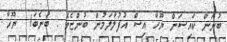
ބުނަން ކައިސަން ޔޫހާ އިސް އުފުލާލަމުން ބުންޏެވެ . ބުނެބަ!  ޔޫހާ